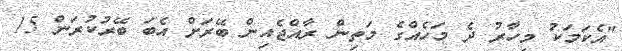
"އެކަމަކު މިހާރު ދެ މަހެއްގެ މަތިން ރާއްޖެއިން ބޭރަށް އެބަ ބޭރުކުރަން 15